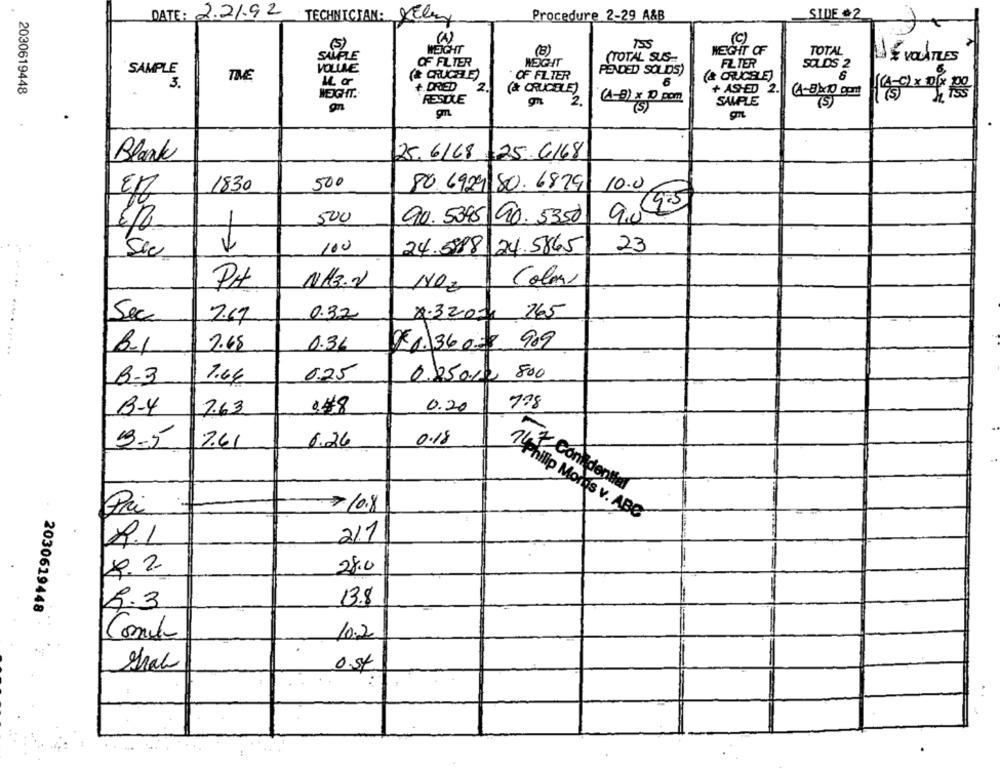
DATE: 2.21.92
SIDE &2
TECHNICIAN: KEley
Procedure 2-29 A&B
(A)
(5)
155
(C)
WEIGHT
(B)
WEIGHT OF
TOTAL
SALFLE
OF FILTER
WEIGHT
(TOTAL SUS-
JE VOUATLES
VOLLLE
PENDED SOLDS)
FLIER
SOLDS 2
TIME
(& CRUCHE
OF FILTER
(& CRRUCHLEJ
SAMPLE
6
2030619448
+.DRIED
(& CRUCELE)
+ ASHED 2.
WEIGHT.
RESTXE
2.
(A-B) x 10 pom
(4-BYx10 gent
SAMPLE
(5)
25.616825.6168
Blank
500
80.6929
10.0
En
1830
80. 6879
9 9.5
500
90. 5395 90.5350
100
24.5988
24.5865
23
PA
NH3.V
Color
1NOZ
Sec
0.32
265
7.69
4.3201
7.65
0.3L
5 6.36 0.08 909
B-3
7.66
0.25
800
0.250.12
178
B-4
7.63
0.20
9.5
7.41
6.26
0.18
17 Confidential
Pri
>10.8
14Phillip Mores v. ABC
2/1
R.I
8. 2
28.0
13.8
2030619448
R.3
...
10.2
0.54